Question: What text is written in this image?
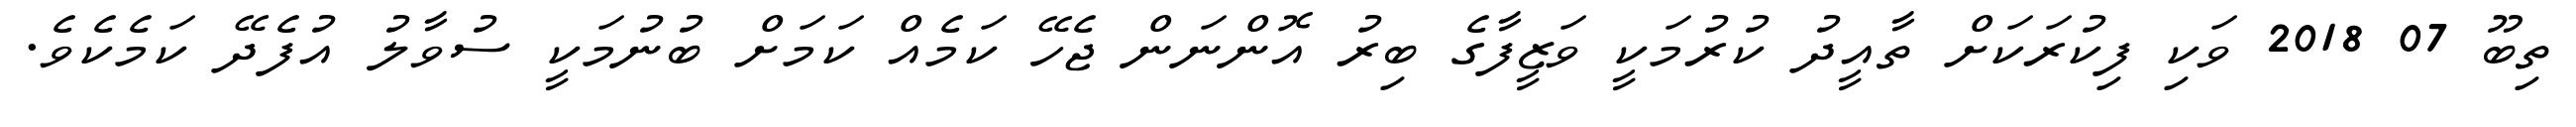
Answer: ތިބޫ 07 2018 ވަކި ފިކުރަކަށް ތާއީދު ކުރުމަކީ ވަޒީފާގެ ބިރު އޮންނަން ޖެހޭ ކަމެއް ކަމަށް ބުނުމަކީ ސުވާލު އުފެދޭ ކަމެކެވެ.